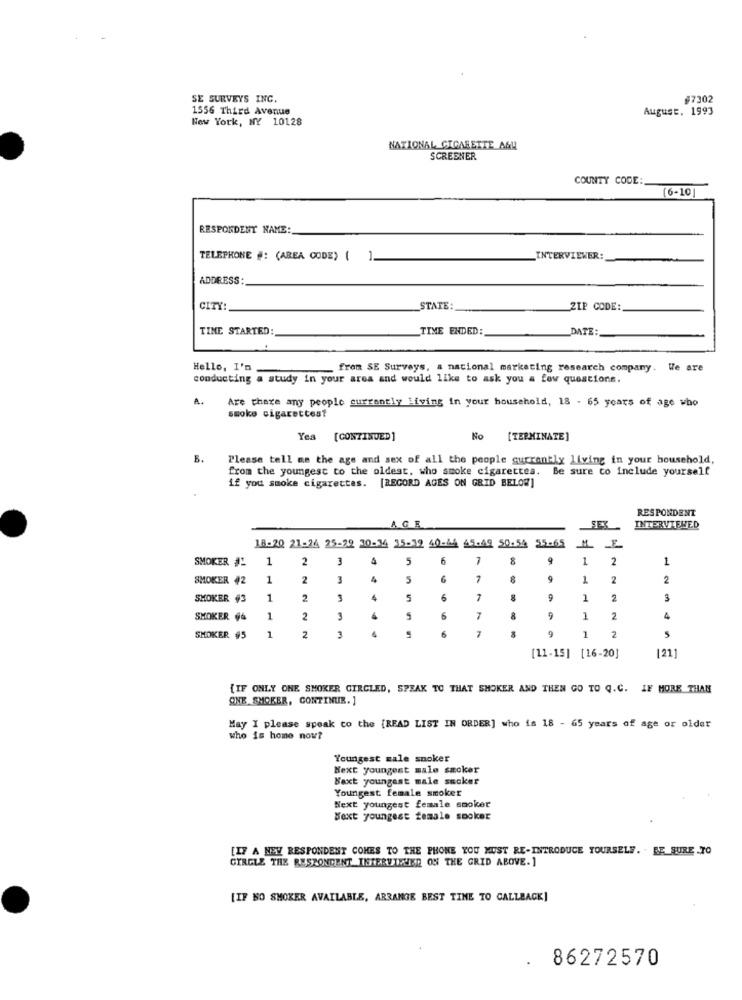
SE SURVEYS INC.
#7302
1556 Third Avenue
August. 1993
New York, NY 10128
NATIONAL CIGARETTE AGU
SCREENER
COUNTY CODE:
[6-10]
RESPONDENT NAME:
TELEPHONE #: (AREA CODE) (
INTERVIEWER:
ADDRESS:
CITY:
_STATE
ZIP CODE:
TINE STARTED:
TIME ENDED:
DATE:
Hello, I'm.
from SE Surveys, a nacional marketing research company. We are
conducting a study in your area and would like to ask you a few questions.
A.
Are there any people currently living in your household, 18 - 65 years of age who
smoke cigarettes?
Yes [CONTINUED ]
No
[TERMINATE]
B.
Please tell me the age and sex of all the people currently living in your household,
from the youngest to the oldest, who smoke cigarettes. Be sure to include yourself
if you smoke cigarettes. [RECORD AGES ON GRID BELOW]
RESPONDENT
AGE
SEX
INTERVIEWED
18-20 21-24 25-29 30-34 35-32 40-44 45-49 50.54 55-65 M E
SMOKER #
1
2
3
5
6
7
9
1
2
1
SMOKER 42
1
2
3
4
5
9
1
2
2
SMOKER #3
1
2
5
6
8
9
1
2
3
SMOKER 66
1
2
3
6
7
8
9
1
2
4
SMOKER #5
1
2
7
1
2
[11-15] [16-20]
1211
{IF ONLY ONE SMOKER CIRCLED, SPEAK TO THAT SMOKER AND THEN GO TO Q.C. IF MORE THAN
ONE SMOKER, CONTINUE. ]
May I please speak co the [READ LIST IN ORDER] who is 18 - 65 years of age or older
who is home now?
Youngest male snoker
Next youngest male smoker
Naxt youngest male sucker
Youngest female smoker
Next youngest female smoker
Next youngest female spoker
[IF A NEW RESPONDENT COMES TO THE PHONE YOU MUST RE-INTRODUCE YOURSELF. BE SURE TO
CIRCLE THE RESPONDENT TISTERVIHIER ON THE GRID ABOVE.]
[IF NO SMOKER AVAILABLE, ARRANGE BEST TIME TO CALLEACK]
86272570
.